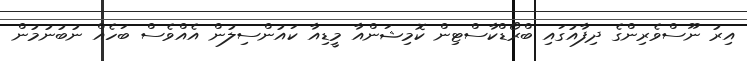
އިރު ނޫސްވެރިންގެ ދިފާއުގައި ބްރޯޑްކާސްޓިން ކޮމިޝަންއާ މީޑިއާ ކައުންސިލުން އެއްވެސް ބަހެއް ނުބުނުމުން